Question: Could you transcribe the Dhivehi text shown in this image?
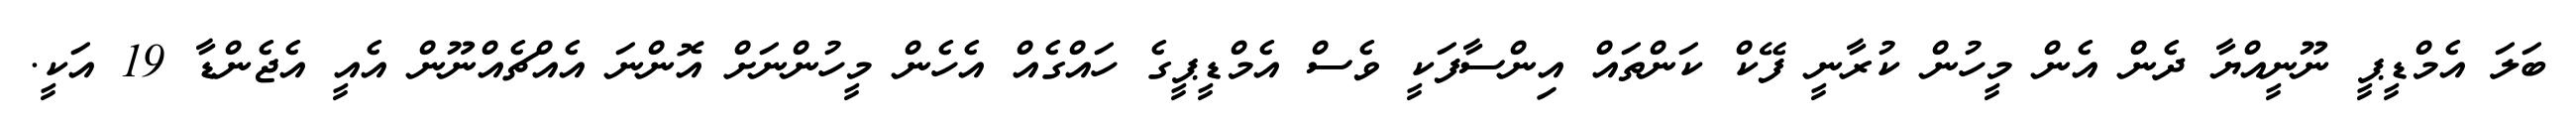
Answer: ބަލަ އެމްޑީޕީ ނޫނީއްޔާ ދެން އެން މީހުން ކުރާނީ ފޭކް ކަންތައް އިންސާފަކީ ވެސް އެމްޑީޕީގެ ހައްގެއް އެހެން މީހުންނަށް އޮންނަ އެއްޗެއްނޫން އެއީ އެޖެންޑާ 19 އަކީ.